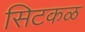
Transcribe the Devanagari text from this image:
सिटकळ